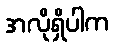
အလိုရှိပါက